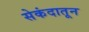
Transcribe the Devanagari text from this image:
सेकंदातून